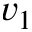
v _ { 1 }